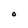
Character: O